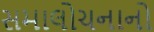
સમાલોચનાનો